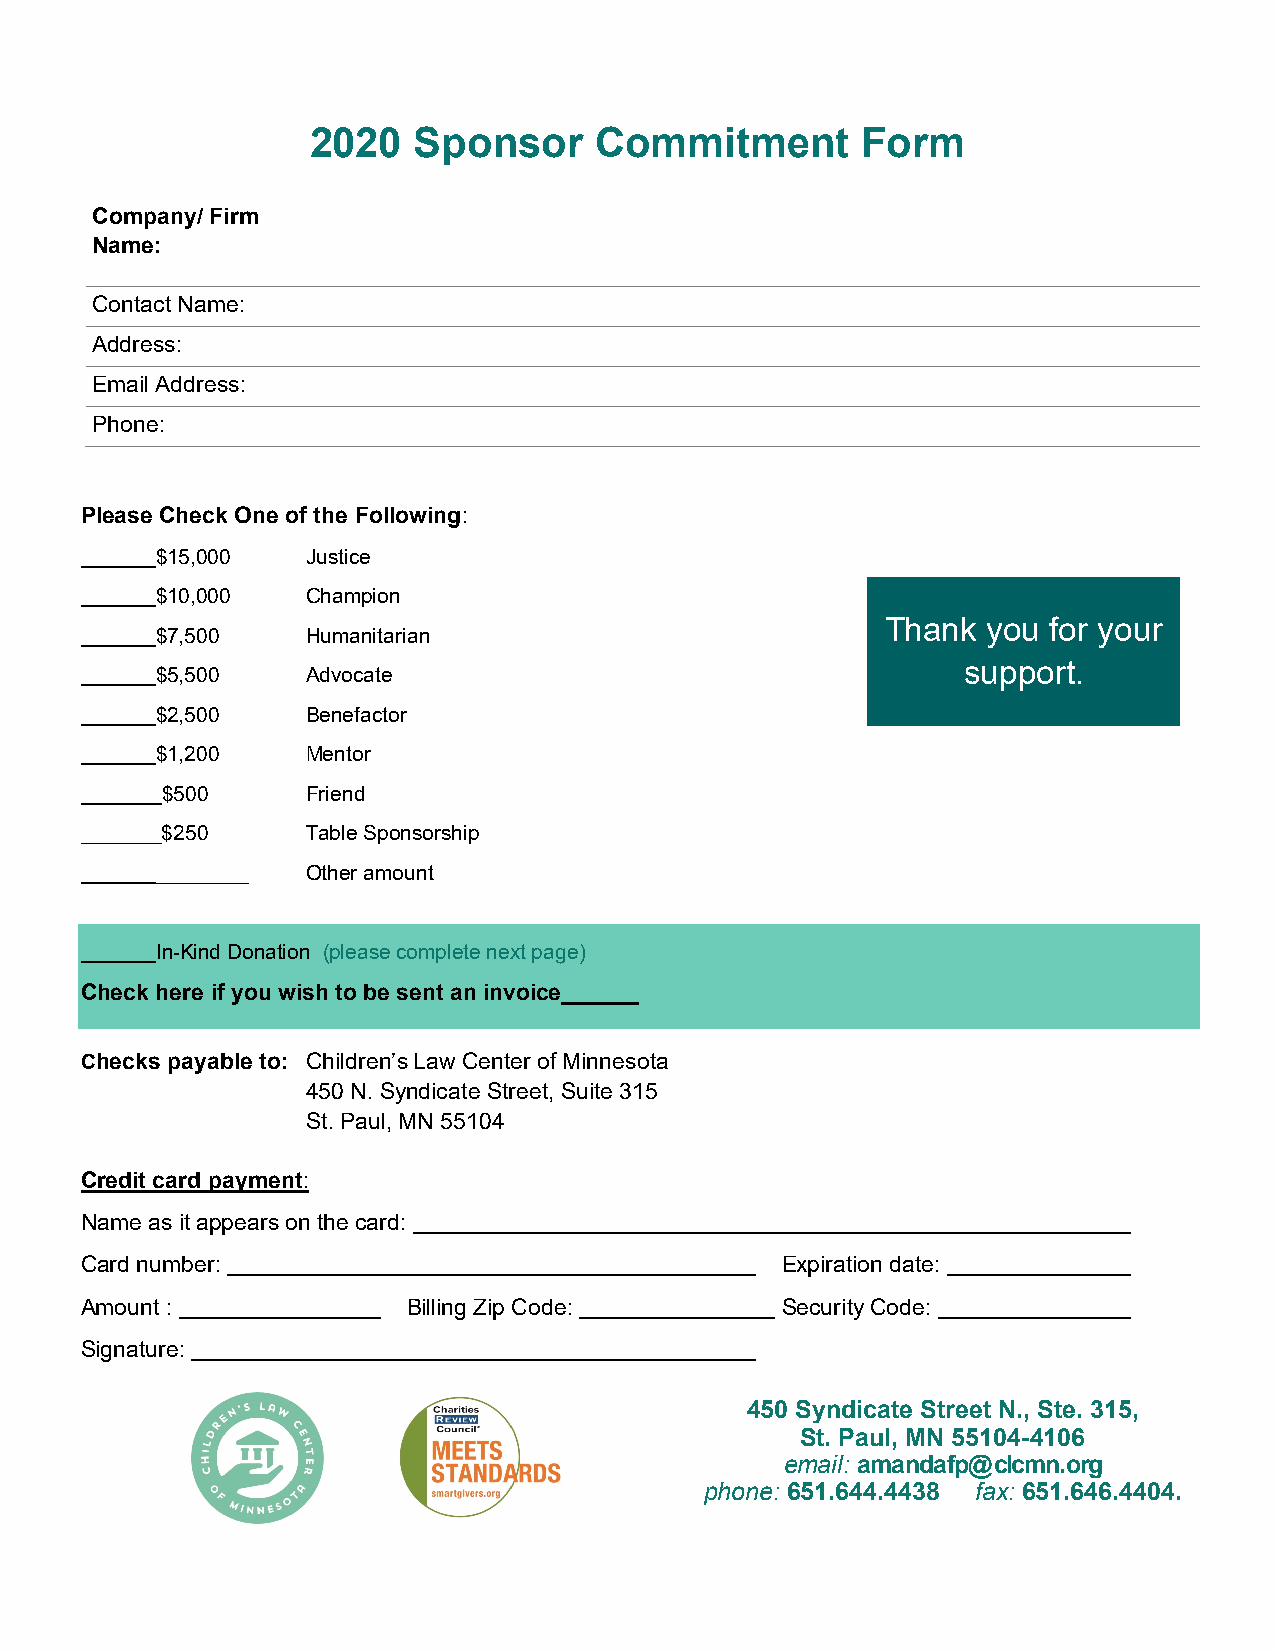
2020  Sponsor     Commitment        Form
 Company/ Firm
 Name:
 Contact Name:
 Address:
 Email Address:
 Phone:
 Please Check One of the Following:
 $15,000   Justice
 $10,000   Champion
 Thank you  for your
 $7,500    Humanitarian
 support.
 $5,500    Advocate
 $2,500    Benefactor
 $1,200    Mentor
 $500     Friend
 _______$250    Table Sponsorship
 ________  Other amount
 In-Kind Donation (please complete next page)
 Check here if you wish to be sent an invoice______
 Checks payable to: Children’s Law Center of Minnesota
 450 N. Syndicate Street, Suite 315
 St. Paul, MN 55104
 Credit card payment:
 Name as it appears on the card:
 Card number:                                   Expiration date:
 Amount :              Billing Zip Code:        Security Code:
 Signature:
 450 Syndicate Street N., Ste. 315,
 St. Paul, MN 55104-4106
 email: amandafp@clcmn.org
 phone: 651.644.4438 fax: 651.646.4404.